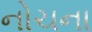
નોચના